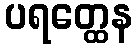
ပရတ္ထေန